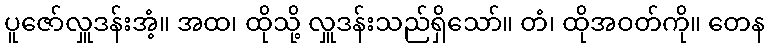
ပူဇော်လှူဒန်းအံ့။ အထ၊ ထိုသို့ လှူဒန်းသည်ရှိသော်။ တံ၊ ထိုအဝတ်ကို။ တေန